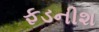
ફડનીશ